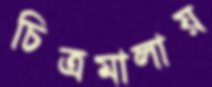
চিত্রমালায়